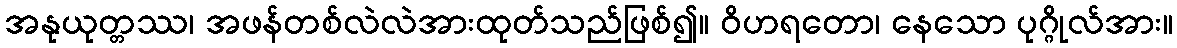
အနုယုတ္တဿ၊ အဖန်တစ်လဲလဲအားထုတ်သည်ဖြစ်၍။ ဝိဟရတော၊ နေသော ပုဂ္ဂိုလ်အား။